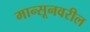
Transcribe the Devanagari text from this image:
मान्सूनवरील